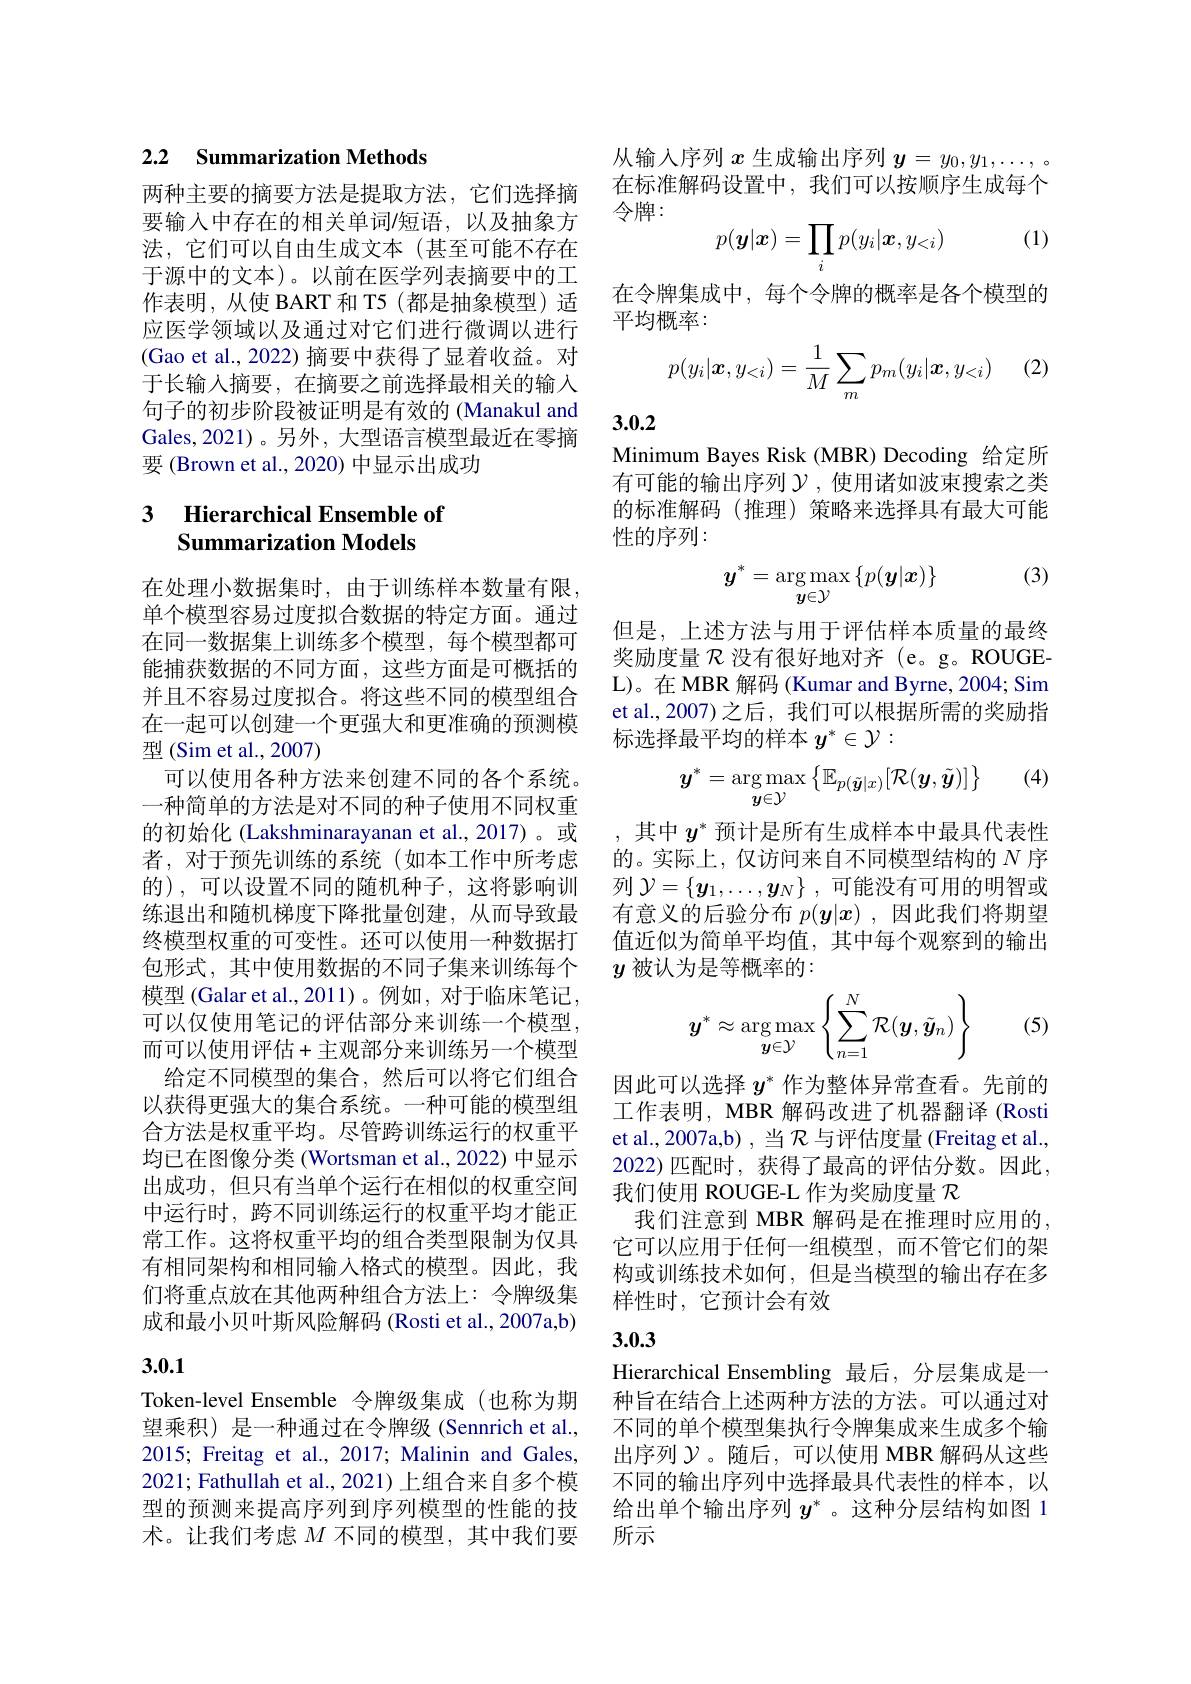
## 2.2 Summarization Methods

两种主要的摘要方法是提取方法，它们选择摘要输入中存在的相关单词/短语，以及抽象方法，它们可以自由生成文本(甚至可能不存在于源中的文本)。以前在医学列表摘要中的工作表明，从使 BART 和 T5(都是抽象模型) 适应医学领域以及通过对它们进行微调以进行(Gao et al., 2022) 摘要中获得了显着收益。对于长输入摘要，在摘要之前选择最相关的输入句子的初步阶段被证明是有效的 (Manakul and Gales,2021)。另外，大型语言模型最近在零摘要 (Brown et al., 2020) 中显示出成功

## 3 Hierarchical Ensemble of Summarization Models

在处理小数据集时，由于训练样本数量有限单个模型容易过度拟合数据的特定方面。通过在同一数据集上训练多个模型，每个模型都可能捕获数据的不同方面，这些方面是可概括的并且不容易过度拟合。将这些不同的模型组合在一起可以创建一个更强大和更准确的预测模型 (Sim et al., 2007)
可以使用各种方法来创建不同的各个系统。一种简单的方法是对不同的种子使用不同权重的初始化 (Lakshminarayanan et al.,2017)。或者，对于预先训练的系统(如本工作中所考虑的),可以设置不同的随机种子，这将影响训练退出和随机梯度下降批量创建，从而导致最终模型权重的可变性。还可以使用一种数据打包形式，其中使用数据的不同子集来训练每个模型 (Galar et al., 2011)。例如，对于临床笔记， 可以仅使用笔记的评估部分来训练一个模型而可以使用评估+主观部分来训练另一个模型给定不同模型的集合，然后可以将它们组合以获得更强大的集合系统。一种可能的模型组合方法是权重平均。尽管跨训练运行的权重平均已在图像分类 (Wortsman et al., 2022) 中显示出成功，但只有当单个运行在相似的权重空间中运行时，跨不同训练运行的权重平均才能正常工作。这将权重平均的组合类型限制为仅具有相同架构和相同输入格式的模型。因此，我们将重点放在其他两种组合方法上：令牌级集成和最小贝叶斯风险解码(Rosti et al., 2007a,b) 3.0.1

Token-level Ensemble 令牌级集成(也称为期望乘积) 是一种通过在令牌级 (Sennrich et al., 2015; Freitag et al., 2017; Malinin and Gales, 2021; Fathullah et al., 2021) 上组合来自多个模型的预测来提高序列到序列模型的性能的技术。让我们考虑$M$不同的模型，其中我们要

从输入序列$x$生成输出序列$y=y_0,y_1,\ldots,..$ 在标准解码设置中，我们可以按顺序生成每个令牌：
$$p(\boldsymbol{y}|\boldsymbol{x})=\prod_ip(y_i|\boldsymbol{x},y_{<i})$$
(1)

在令牌集成中，每个令牌的概率是各个模型的
平均概率：
$$p(y_i|\boldsymbol x,y_{<i})=\dfrac{1}{M}\sum_mp_m(y_i|\boldsymbol x,y_{<i})$$
1 (2)

3.0.2

Minimum Bayes Risk (MBR) Decoding 给定所有可能的输出序列$\mathcal{Y}$ ,使用诸如波束搜索之类的标准解码(推理)策略来选择具有最大可能性的序列：

(3)
$$y^*=\underset{y\in\mathcal{Y}}{\operatorname*{\arg\max}}\{p(\boldsymbol{y}|\boldsymbol{x})\}$$
但是，上述方法与用于评估样本质量的最终奖励度量$\mathcal{R}$没有很好地对齐 (e。g。ROUGEL)。在 MBR 解码 (Kumar and Byrne, 2004; Sim et al.,2007)之后，我们可以根据所需的奖励指标选择最平均的样本$y^*\in\mathcal{Y}:$

(4)
$$y^*=\arg\max_{\boldsymbol{y}\in\mathcal{Y}}\left\{\mathbb{E}_{p(\tilde{\boldsymbol{y}}|x)}[\mathcal{R}(\boldsymbol{y},\tilde{\boldsymbol{y}})]\right\}$$
,其中$y^*$预计是所有生成样本中最具代表性的。实际上，仅访问来自不同模型结构的$N$序列$\mathcal{Y} = \{ \boldsymbol{y}_1, \ldots , \boldsymbol{y}_N\}$ ,可能没有可用的明智或有意义的后验分布$p(\boldsymbol{y}|\boldsymbol{x})$ ,因此我们将期望值近似为简单平均值，其中每个观察到的输出$y$被认为是等概率的：

(5)
$$y^*\approx\underset{\boldsymbol{y}\in\mathcal{Y}}{\arg\max}\left\{\sum_{n=1}^N\mathcal{R}(\boldsymbol{y},\tilde{\boldsymbol{y}}_n)\right\}$$
因此可以选择$y^*$作为整体异常查看。先前的工作表明，MBR 解码改进了机器翻译 (Rosti et al., 2007a,b) , 当$\mathcal{R}$与评估度量 (Freitag et al., 2022)匹配时，获得了最高的评估分数。因此， 我们使用 ROUGE-L 作为奖励度量$\mathcal{R}$
我们注意到 MBR 解码是在推理时应用的， 它可以应用于任何一组模型，而不管它们的架构或训练技术如何，但是当模型的输出存在多样性时，它预计会有效

## 3.0.3

Hierarchical Ensembling 最后，分层集成是一种旨在结合上述两种方法的方法。可以通过对不同的单个模型集执行令牌集成来生成多个输出序列$\mathcal{Y}$。随后，可以使用 MBR 解码从这些不同的输出序列中选择最具代表性的样本，以给出单个输出序列$y^*$ 。这种分层结构如图 1所示